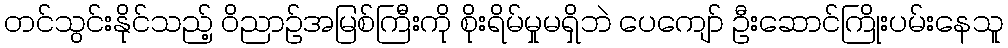
တင်သွင်းနိုင်သည့် ဝိညာဉ်အမြစ်ကြီးကို စိုးရိမ်မှုမရှိဘဲ ပေကျော် ဦးဆောင်ကြိုးပမ်းနေသူ